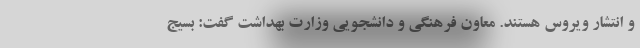
و انتشار ویروس هستند. معاون فرهنگی و دانشجویی وزارت بهداشت گفت: بسیج